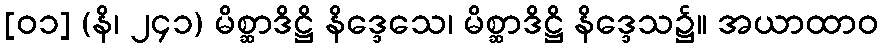
[၀၁] (နိ၊ ၂၄၁) မိစ္ဆာဒိဋ္ဌိ နိဒ္ဒေသေ၊ မိစ္ဆာဒိဋ္ဌိ နိဒ္ဒေသ၌။ အယာထာဝ